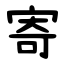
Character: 寄